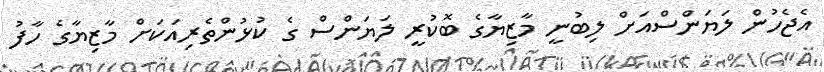
އެޖެހުން ލަޔަންސްއަށް ލިބުނީ މާޒިޔާގެ ބޮކުރީ ލަޔަންސް ގެ ކުޅުންތެރިއަކަށް މާޒިޔާގެ ހާފު